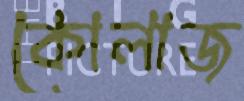
কোলাজ